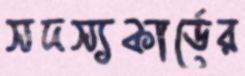
সদস্যকার্ডের